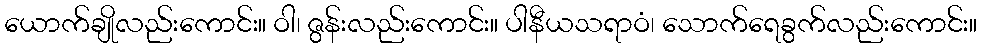
ယောက်ချိုလည်းကောင်း။ ဝါ၊ ဇွန်းလည်းကောင်း။ ပါနီယသရာဝံ၊ သောက်ရေခွက်လည်းကောင်း။